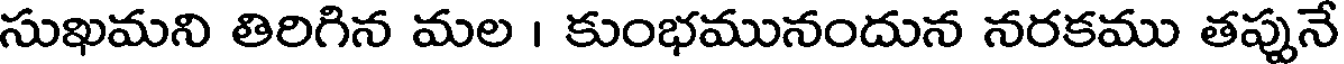
సుఖమని తిరిగిన మల । కుంభమునందున నరకము తప్పునే